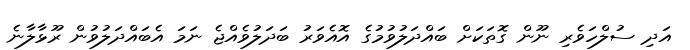
އަދި ސުލްހަވެރި ނޫން ގޮތަކަށް ބައްދަލުވުމުގެ އޮއެވަރު ބަދަލުވެއްޖެ ނަމަ އެބައްދަލުވުން ރޫޅާލާނެ